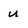
Character: u